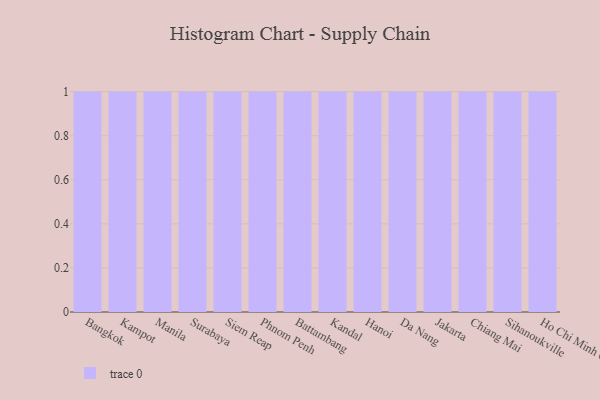
{"axis": {"x": "City", "y": "Market Share (%)"}, "legend": [""], "data": [{"x": "Bangkok", "y": 8, "type": ""}, {"x": "Kampot", "y": 23, "type": ""}, {"x": "Manila", "y": 4, "type": ""}, {"x": "Surabaya", "y": 65, "type": ""}, {"x": "Siem Reap", "y": 12, "type": ""}, {"x": "Phnom Penh", "y": 92, "type": ""}, {"x": "Battambang", "y": 95, "type": ""}, {"x": "Kandal", "y": 19, "type": ""}, {"x": "Hanoi", "y": 34, "type": ""}, {"x": "Da Nang", "y": 10, "type": ""}, {"x": "Jakarta", "y": 31, "type": ""}, {"x": "Chiang Mai", "y": 58, "type": ""}, {"x": "Sihanoukville", "y": 94, "type": ""}, {"x": "Ho Chi Minh City", "y": 96, "type": ""}]}